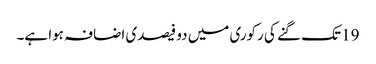
19 تک گنے کی رکوری میں دو فیصدی اضافہ ہوا ہے۔